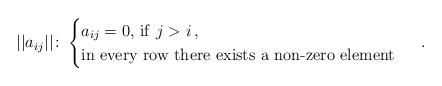
LaTeX: \begin{align*}||a_{ij}||\colon \begin{cases} a_{ij}=0, \, {\rm if}\,\, j>i\,,\cr \hbox{in every row there exists a non-zero element}\,\cr \end{cases} \,. \end{align*}